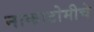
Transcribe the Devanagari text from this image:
नाकाटोमीचे